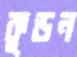
কুড়ন